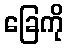
ခြေကို